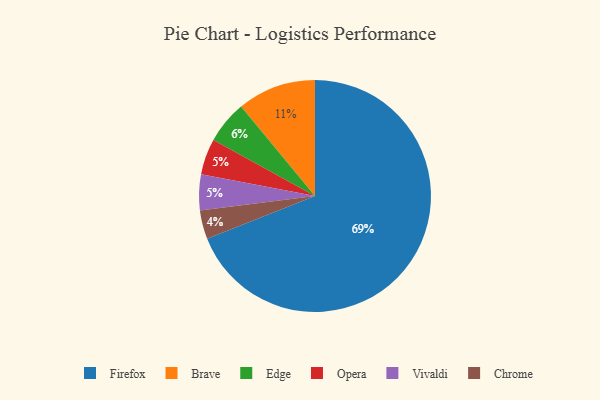
{"axis": {"x": "Category", "y": "Percentage"}, "legend": ["Brave", "Chrome", "Edge", "Firefox", "Opera", "Vivaldi"], "data": [{"x": "Firefox", "y": 69, "type": "Firefox"}, {"x": "Edge", "y": 6, "type": "Edge"}, {"x": "Opera", "y": 5, "type": "Opera"}, {"x": "Chrome", "y": 4, "type": "Chrome"}, {"x": "Brave", "y": 11, "type": "Brave"}, {"x": "Vivaldi", "y": 5, "type": "Vivaldi"}]}